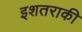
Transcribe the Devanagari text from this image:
इशतराकी